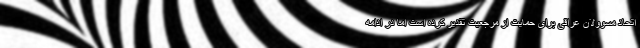
اتحاد مسوولان عراقی برای حمایت از مرجعیت تقدیر کرده است اما در ادامه